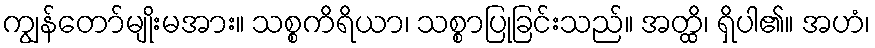
ကျွန်တော်မျိုးမအား။ သစ္စကိရိယာ၊ သစ္စာပြုခြင်းသည်။ အတ္ထိ၊ ရှိပါ၏။ အဟံ၊